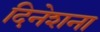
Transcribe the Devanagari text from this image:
दिनेशना